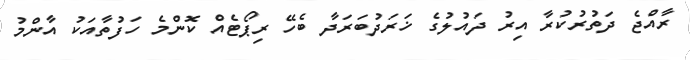
ރާއްޖެ ދަތުރުކުރާ އިރު ދައުލުގެ ޚަރަދުބަރަދާ ބެހޭ ރިޕޯޓެއް ކޮންމެ ހަފުތާއަކު އާންމު